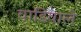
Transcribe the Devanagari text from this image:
वाडिवाले